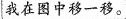
我在图中移一移。